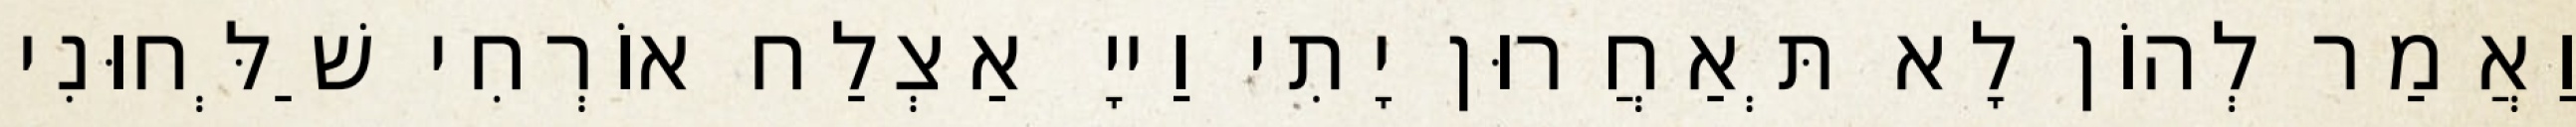
וַאֲמַר לְהוֹן לָא תְּאַחֲרוּן יָתִי וַייָ אַצְלַח אוֹרְחִי שַׁלְּחוּנִי